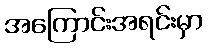
အကြောင်းအရင်းမှာ